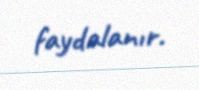
faydalanır.